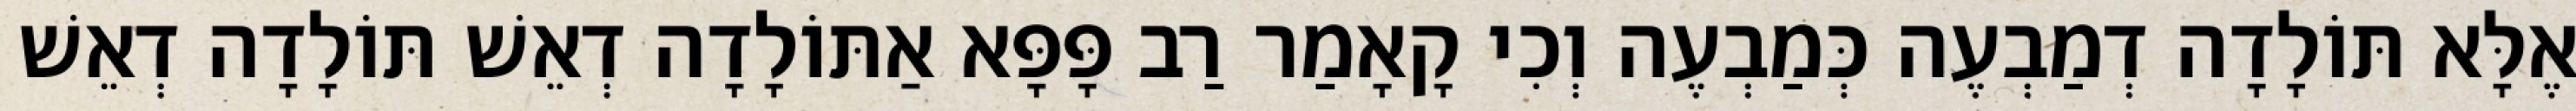
אֶלָּא תּוֹלָדָה דְמַבְעֶה כְּמַבְעֶה וְכִי קָאָמַר רַב פָּפָּא אַתּוֹלָדָה דְאֵשׁ תּוֹלָדָה דְאֵשׁ